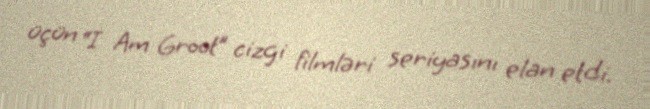
üçün “I Am Groot” cizgi filmləri seriyasını elan etdi.